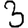
Digit: 3